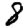
Digit: 8